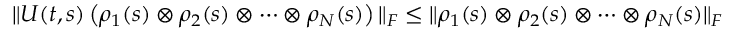
\| U ( t , s ) \left( \rho _ { 1 } ( s ) \otimes \rho _ { 2 } ( s ) \otimes \cdots \otimes \rho _ { N } ( s ) \right) \| _ { F } \le \| \rho _ { 1 } ( s ) \otimes \rho _ { 2 } ( s ) \otimes \cdots \otimes \rho _ { N } ( s ) \| _ { F }